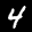
Label: 4